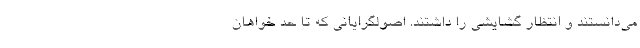
می‌دانستند و انتظار گشایشی را داشتند. اصولگرایانی که تا حد خواهان